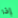
إذا